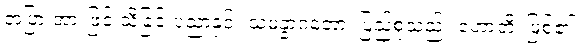
အပြားအားဖြင့် သိခြင်းပညာနှင့်။ သမန္နာဂတော၊ ပြည့်စုံသည်။ ဟောတိ၊ ဖြစ်၏။